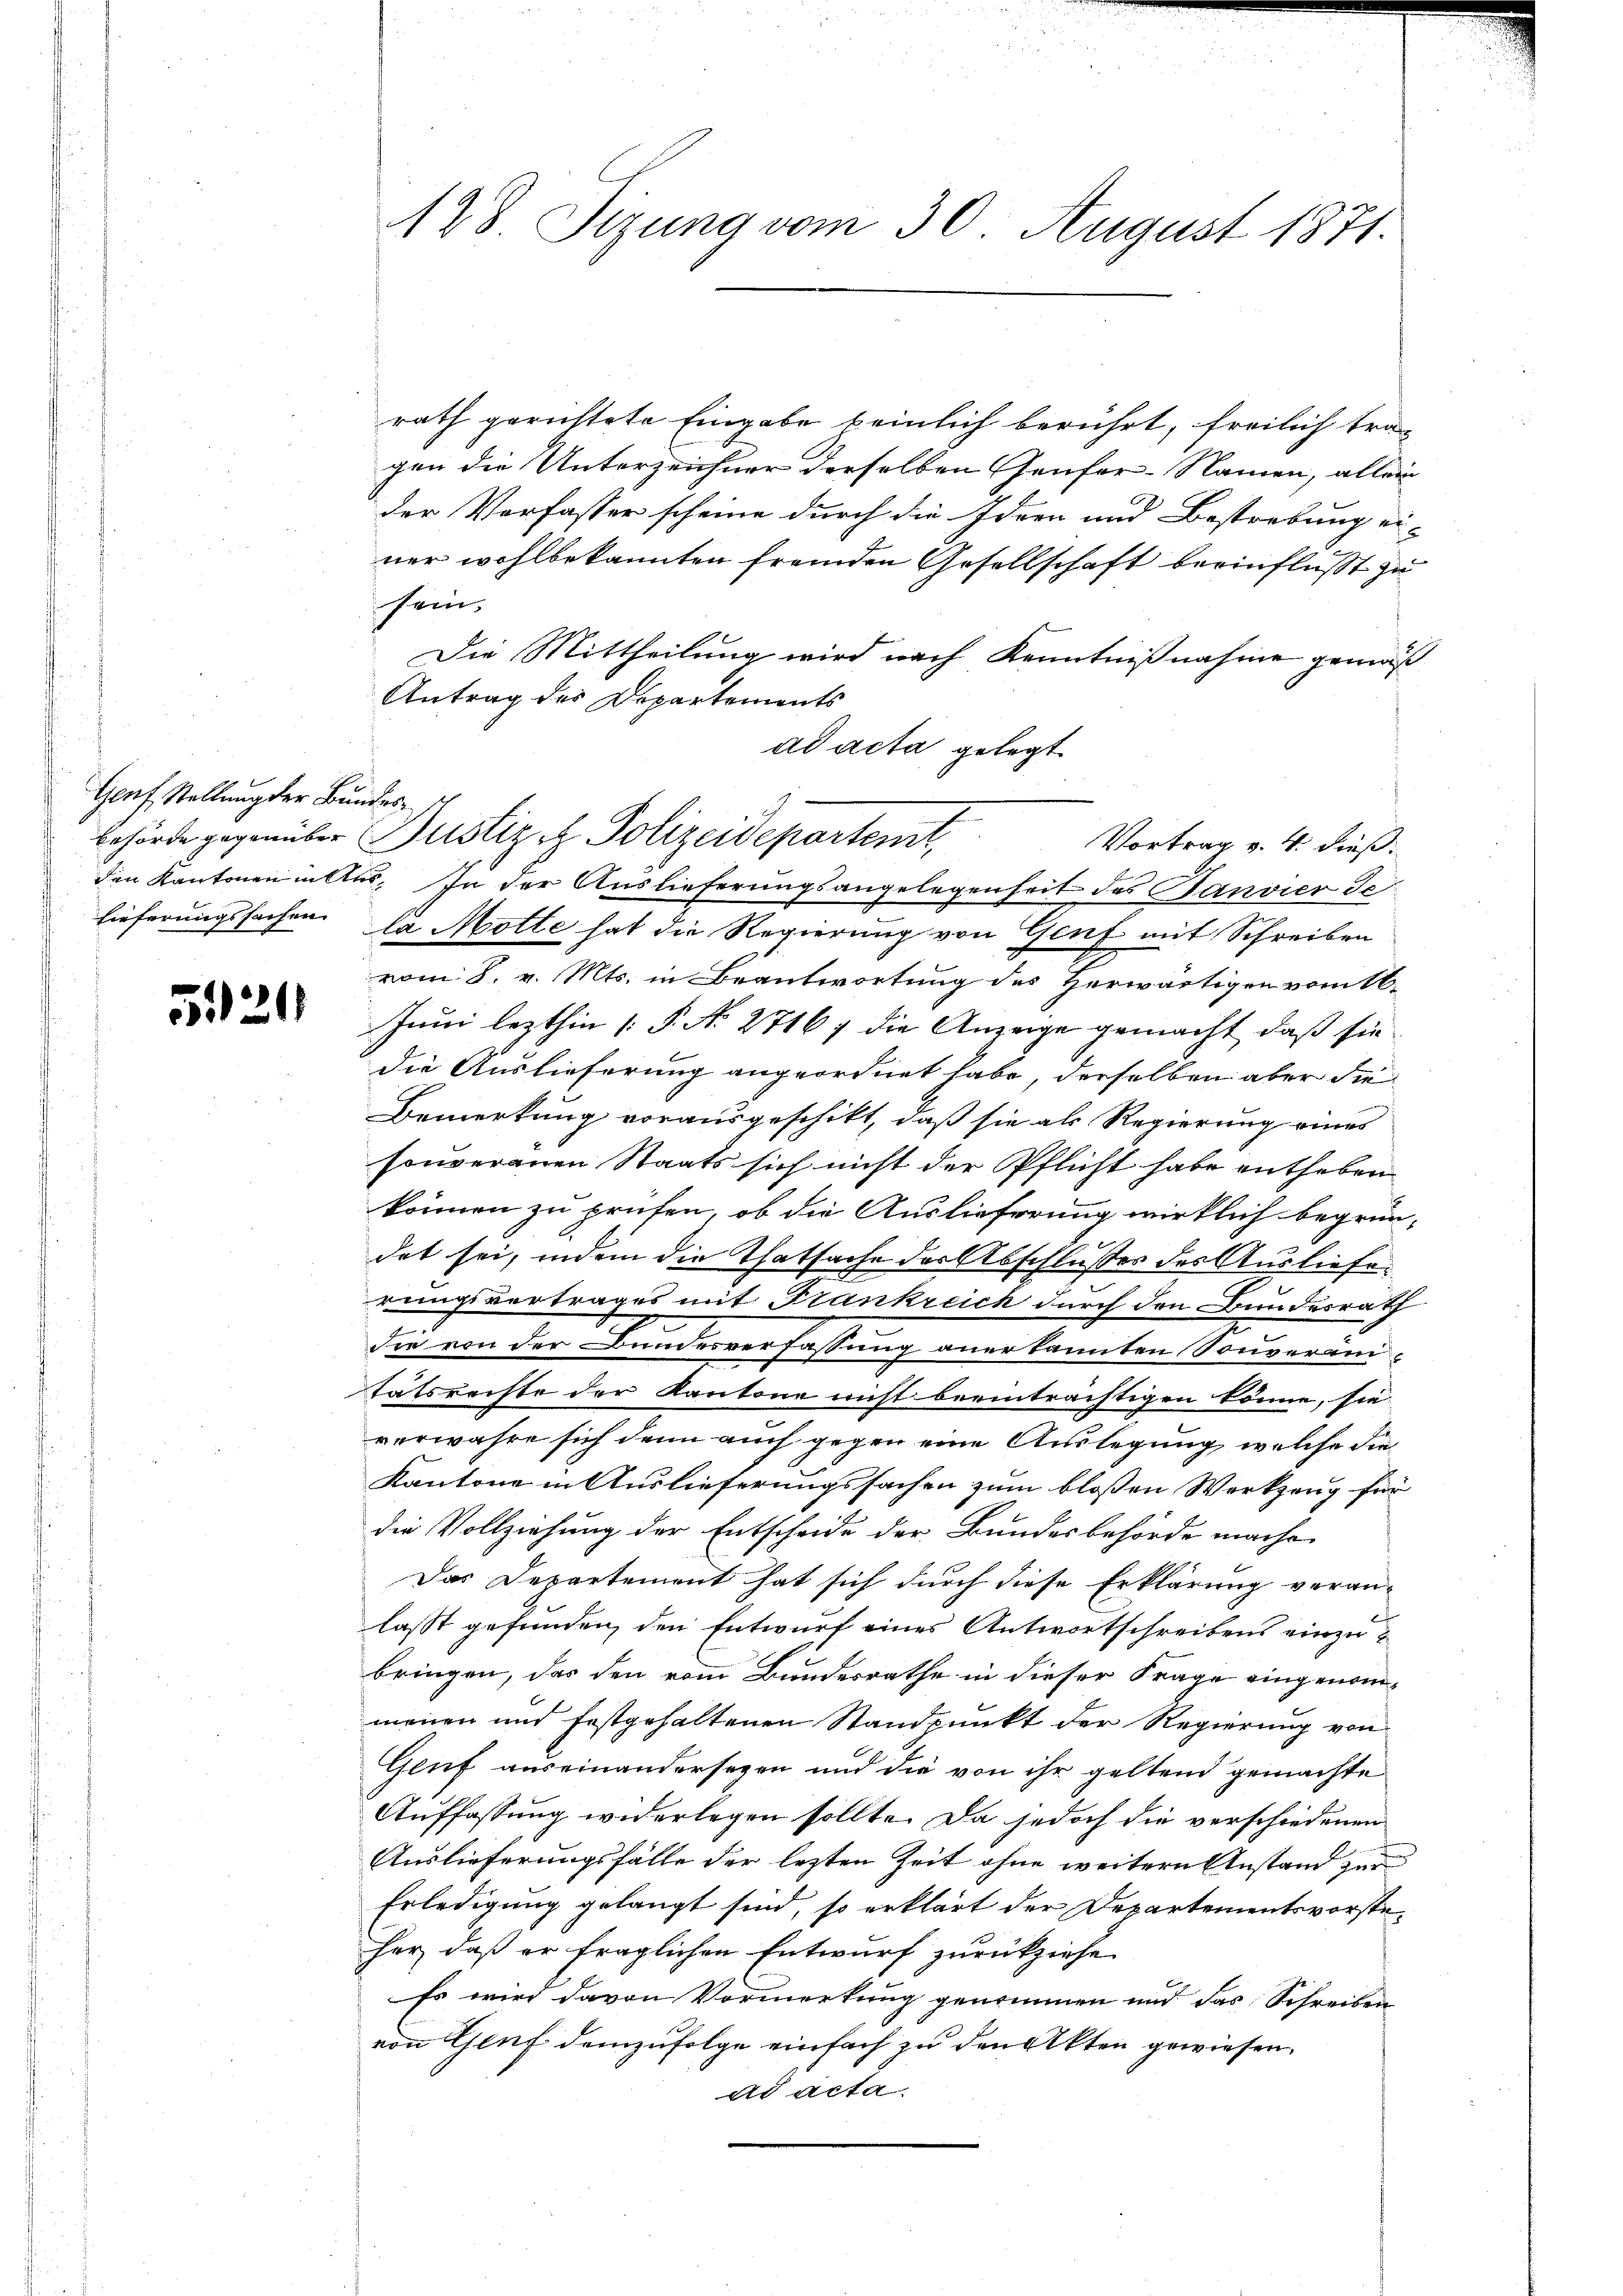
Genf Stellung der Bundes¬

5121

128. Sizung vom 30. August 1871.

rath gerichtete Eingabe keinlich berührt, freilich tra-
gen die Unterzeichner derselben Genfer-Namen, allein
der Verfasser scheine durch die Idee und Bestrebung ei-
ner wohlbekannten fremden Gesellschaft beeinflußt zu
sein.
Die Mittheilung wird nach Kenntnißnahme gemäß
Antrag des Departements
ad acta gelegt
behörde gegenüber Justiz & Polizeidepartent,
Vortrag v. 4. dieß.
den Kantonen alles. In der Auslieferungsangelegenheit des Ganvier Je
lieferungssachen la Motte hat die Regierung von Genf mit Schreiben
vom 8. v. Mts. in Beantwortung des Herwärtigen vom 16.
Juni lezthin [P. N. 27167 die Anzeige gemacht, daß sie
die Auslieferung angeordnet habe, derselben aber die
Bemerkung vorausgeschikt, daß sie als Regierung eines
souveranen Staats sich nicht der Pflicht habe entheben
können zu prüfen, ob die Auslieferung wirklich begrün-
det sei, indem die Thatsache der Abschlusses des Ausliefe.
rungsvertrages mit Frankreich durch den Bundesrath
die von der Bundesverfassung anerkannten Souveraitätsrechte der Kantone nicht beeinträchtigen könne, sie
verwahre sich denn auch gegen eine Auslegung, welche die
Kantone in Auslieferungssachen zum blossen Werkzeug für
die Vollziehung der Entscheide der Bundesbehörde mache,
Das Departement hat sich durch diese Erklärung veran-
lasst gefunden, den Entwurf eines Antwortschreibens einzubringen, das den vom Bundesrathe in dieser Frage eingenommenen und festgehaltenen Standpunkt der Regierung von
Gluf auseinandersezen und die von ihr geltend gemachte
Auffassung widerlegen sollte. Da jedoch die verschiedenen
Auslieferungsfälle der lezten Zeit ohne weitern Anstand zur
Erledigung gelangt sind, so erklärt der Departementsvorsteher, daß er fraglichen Entwurf zurückziehe
Es wird davon Vormerkung genommen und das Schreiben
von Genf demzufolge einfach zu den Akten gewiesen.
ad acta.